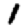
Digit: 1